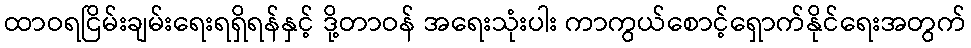
ထာဝရငြိမ်းချမ်းရေးရရှိရန်နှင့် ဒို့တာဝန် အရေးသုံးပါး ကာကွယ်စောင့်ရှောက်နိုင်ရေးအတွက်